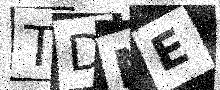
Text: TDNE